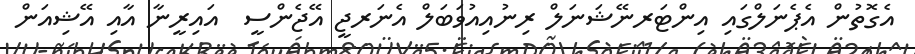
އެގޮތުން އެޕެނަލްގައި އިންޓަރނޭޝަނަލް ރިނުއިއުވަބަލް އެނަރޖީ އޭޖެންސީ  އައިރީނާ އާއި އޭޝިއަން